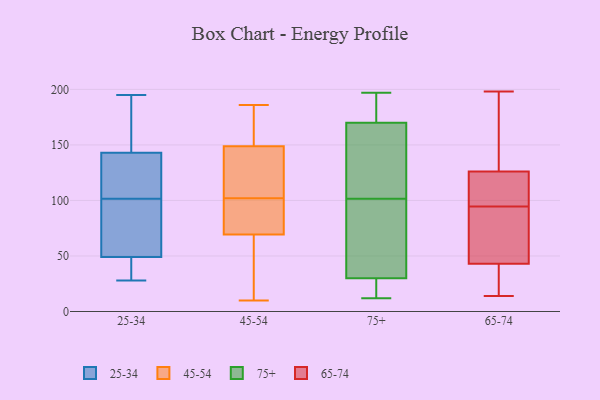
{"axis": {"x": "Headcount", "y": "Value"}, "legend": ["25-34", "45-54", "65-74", "75+"], "data": [{"x": "", "y": 180, "type": "25-34"}, {"x": "", "y": 49, "type": "25-34"}, {"x": "", "y": 48, "type": "25-34"}, {"x": "", "y": 147, "type": "25-34"}, {"x": "", "y": 106, "type": "25-34"}, {"x": "", "y": 185, "type": "25-34"}, {"x": "", "y": 28, "type": "25-34"}, {"x": "", "y": 69, "type": "25-34"}, {"x": "", "y": 49, "type": "25-34"}, {"x": "", "y": 67, "type": "25-34"}, {"x": "", "y": 38, "type": "25-34"}, {"x": "", "y": 97, "type": "25-34"}, {"x": "", "y": 195, "type": "25-34"}, {"x": "", "y": 131, "type": "25-34"}, {"x": "", "y": 118, "type": "25-34"}, {"x": "", "y": 107, "type": "25-34"}, {"x": "", "y": 143, "type": "25-34"}, {"x": "", "y": 70, "type": "25-34"}, {"x": "", "y": 102, "type": "45-54"}, {"x": "", "y": 135, "type": "45-54"}, {"x": "", "y": 162, "type": "45-54"}, {"x": "", "y": 94, "type": "45-54"}, {"x": "", "y": 181, "type": "45-54"}, {"x": "", "y": 114, "type": "45-54"}, {"x": "", "y": 67, "type": "45-54"}, {"x": "", "y": 76, "type": "45-54"}, {"x": "", "y": 11, "type": "45-54"}, {"x": "", "y": 149, "type": "45-54"}, {"x": "", "y": 26, "type": "45-54"}, {"x": "", "y": 186, "type": "45-54"}, {"x": "", "y": 10, "type": "45-54"}, {"x": "", "y": 88, "type": "45-54"}, {"x": "", "y": 82, "type": "45-54"}, {"x": "", "y": 171, "type": "45-54"}, {"x": "", "y": 14, "type": "45-54"}, {"x": "", "y": 130, "type": "45-54"}, {"x": "", "y": 148, "type": "45-54"}, {"x": "", "y": 197, "type": "75+"}, {"x": "", "y": 106, "type": "75+"}, {"x": "", "y": 12, "type": "75+"}, {"x": "", "y": 22, "type": "75+"}, {"x": "", "y": 81, "type": "75+"}, {"x": "", "y": 170, "type": "75+"}, {"x": "", "y": 97, "type": "75+"}, {"x": "", "y": 125, "type": "75+"}, {"x": "", "y": 30, "type": "75+"}, {"x": "", "y": 171, "type": "75+"}, {"x": "", "y": 133, "type": "75+"}, {"x": "", "y": 36, "type": "75+"}, {"x": "", "y": 174, "type": "75+"}, {"x": "", "y": 28, "type": "75+"}, {"x": "", "y": 120, "type": "65-74"}, {"x": "", "y": 43, "type": "65-74"}, {"x": "", "y": 14, "type": "65-74"}, {"x": "", "y": 126, "type": "65-74"}, {"x": "", "y": 77, "type": "65-74"}, {"x": "", "y": 198, "type": "65-74"}, {"x": "", "y": 146, "type": "65-74"}, {"x": "", "y": 24, "type": "65-74"}, {"x": "", "y": 40, "type": "65-74"}, {"x": "", "y": 103, "type": "65-74"}, {"x": "", "y": 75, "type": "65-74"}, {"x": "", "y": 86, "type": "65-74"}, {"x": "", "y": 115, "type": "65-74"}, {"x": "", "y": 185, "type": "65-74"}]}